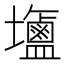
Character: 𪉹